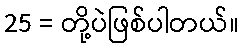
25 = တို့ပဲဖြစ်ပါတယ်။